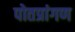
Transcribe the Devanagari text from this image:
पोतप्रांगण